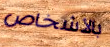
بالأشخاص